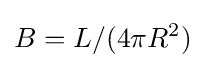
B=L/(4\pi R^{2})